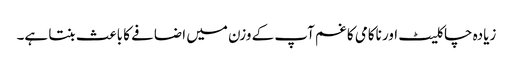
زیادہ چاکلیٹ اور ناکامی کا غم آپ کے وزن میں اضافے کا باعث بنتا ہے۔